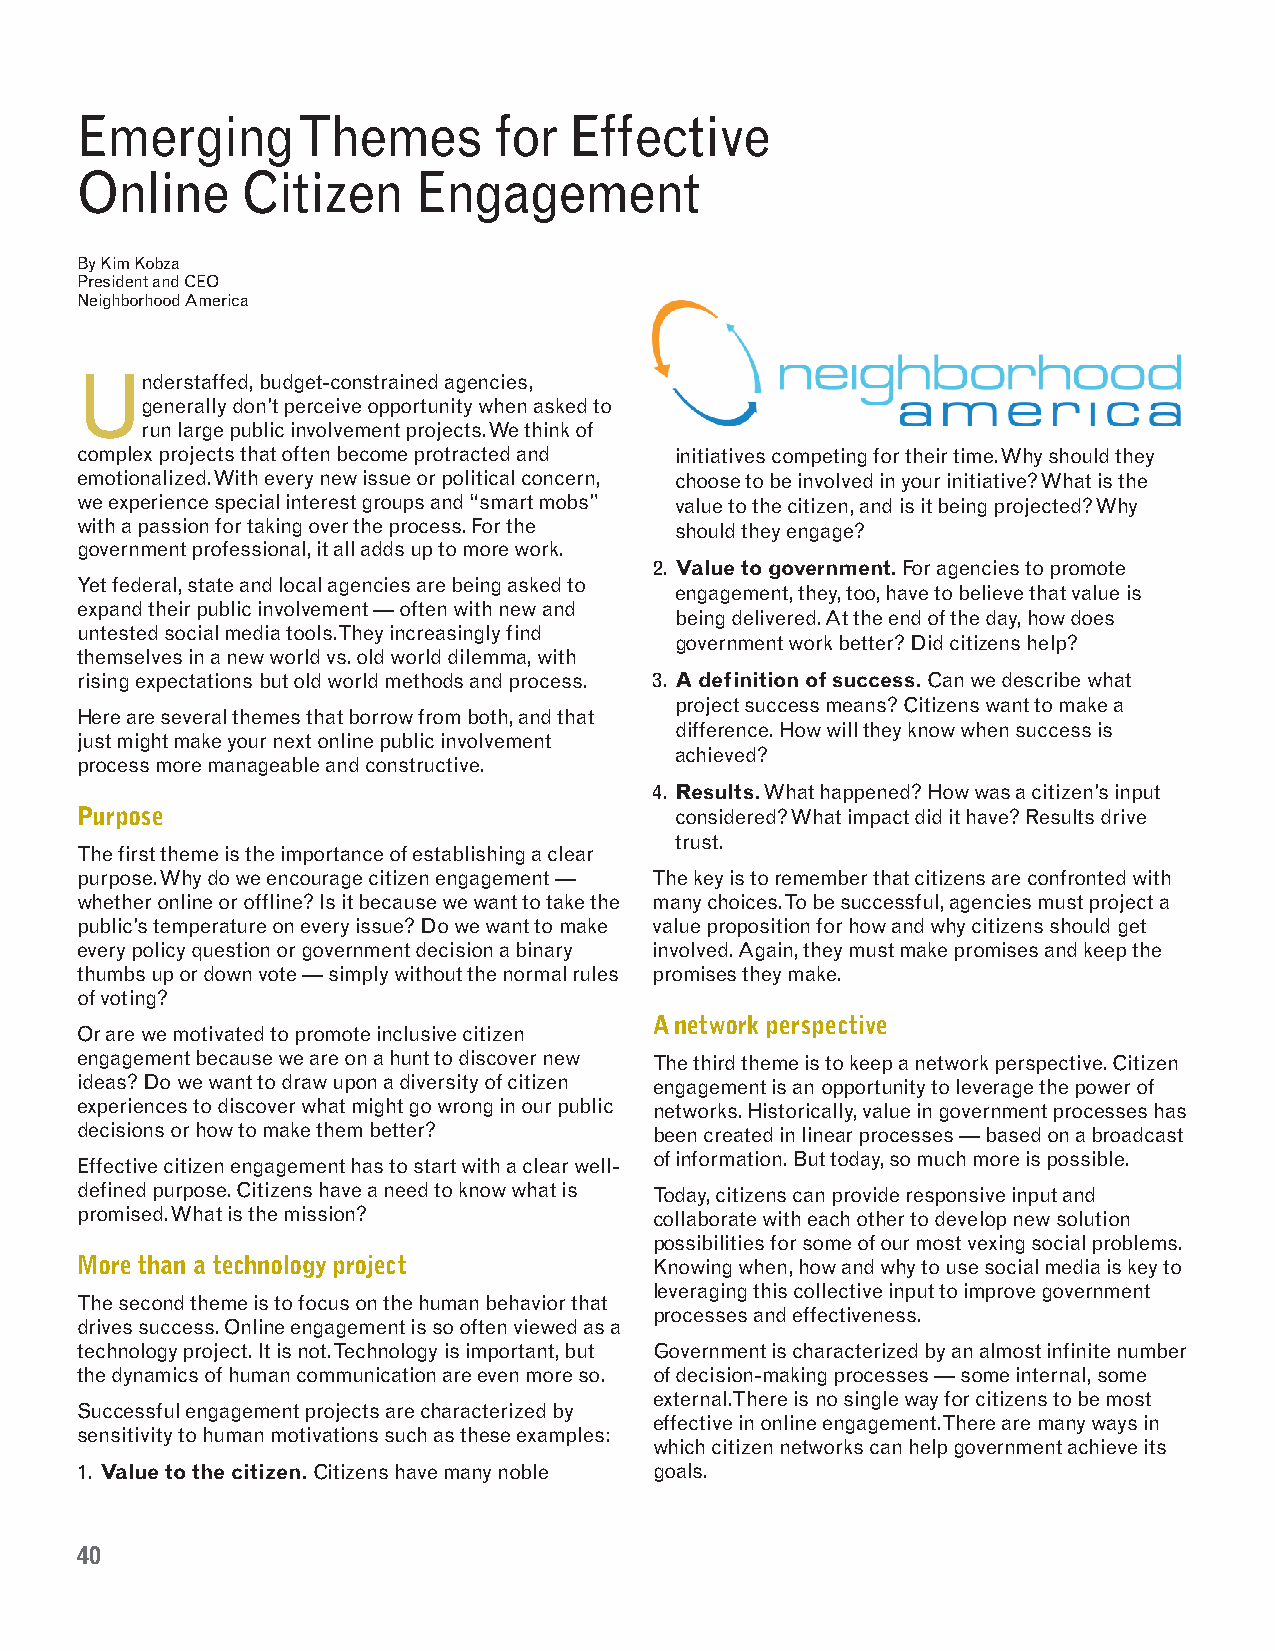
Emerging       Themes       for  Effective
 Online     Citizen     Engagement
 By Kim Kobza
 President and CEO
 Neighborhood America
 Understaffed, budget-constrained agencies,
 generally don’t perceive opportunity when asked to
 run large public involvement projects. We think of
 complex projects that often become protracted and initiatives competing for their time. Why should they
 emotionalized. With every new issue or political concern, choose to be involved in your initiative? What is the
 we experience special interest groups and “smart mobs” value to the citizen, and is it being projected? Why
 with a passion for taking over the process. For the should they engage?
 government professional, it all adds up to more work.
 2. Value to government.For agencies to promote
 Yet federal, state and local agencies are being asked to
 engagement, they, too, have to believe that value is
 expand their public involvement — often with new and
 being delivered. At the end of the day, how does
 untested social media tools. They increasingly find
 government work better? Did citizens help?
 themselves in a new world vs. old world dilemma, with
 rising expectations but old world methods and process. 3. A definition of success.Can we describe what
 project success means? Citizens want to make a
 Here are several themes that borrow from both, and that
 difference. How will they know when success is
 just might make your next online public involvement
 achieved?
 process more manageable and constructive.
 4. Results.What happened? How was a citizen’s input
 Purpose                                 considered? What impact did it have? Results drive
 trust.
 The first theme is the importance of establishing a clear
 purpose. Why do we encourage citizen engagement — The key is to remember that citizens are confronted with
 whether online or offline? Is it because we want to take the many choices. To be successful, agencies must project a
 public’s temperature on every issue? Do we want to make value proposition for how and why citizens should get
 every policy question or government decision a binary involved. Again, they must make promises and keep the
 thumbs up or down vote — simply without the normal rules promises they make.
 of voting?
 A network perspective
 Or are we motivated to promote inclusive citizen
 engagement because we are on a hunt to discover new The third theme is to keep a network perspective. Citizen
 ideas? Do we want to draw upon a diversity of citizen engagement is an opportunity to leverage the power of
 experiences to discover what might go wrong in our public networks. Historically, value in government processes has
 decisions or how to make them better? been created in linear processes — based on a broadcast
 of information. But today, so much more is possible.
 Effective citizen engagement has to start with a clear well-
 defined purpose. Citizens have a need to know what is Today, citizens can provide responsive input and
 promised. What is the mission?        collaborate with each other to develop new solution
 possibilities for some of our most vexing social problems.
 More than a technology project        Knowing when, how and why to use social media is key to
 leveraging this collective input to improve government
 The second theme is to focus on the human behavior that
 processes and effectiveness.
 drives success. Online engagement is so often viewed as a
 technology project. It is not. Technology is important, but Government is characterized by an almost infinite number
 the dynamics of human communication are even more so. of decision-making processes — some internal, some
 external. There is no single way for citizens to be most
 Successful engagement projects are characterized by
 effective in online engagement. There are many ways in
 sensitivity to human motivations such as these examples:
 which citizen networks can help government achieve its
 1. Value to the citizen.Citizens have many noble goals.
 40